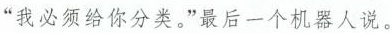
“我必须给你分类。”最后一个机器人说。